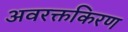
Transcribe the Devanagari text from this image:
अवरक्तकिरण